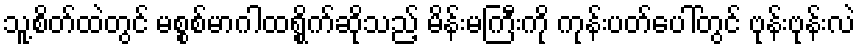
သူ့စိတ်ထဲတွင် မစ္စစ်မာဂါထရွိုက်ဆိုသည့် မိန်းမကြီးကို ကုန်းပတ်ပေါ်တွင် ဗုန်းဗုန်းလဲ